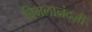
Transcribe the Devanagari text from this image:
बिमलानंदजी